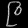
Digit: ၉